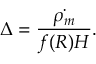
\Delta = \frac { \dot { \rho _ { m } } } { f ( R ) H } .